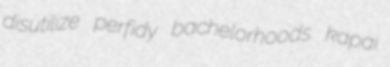
disutilize perfidy bachelorhoods kapai